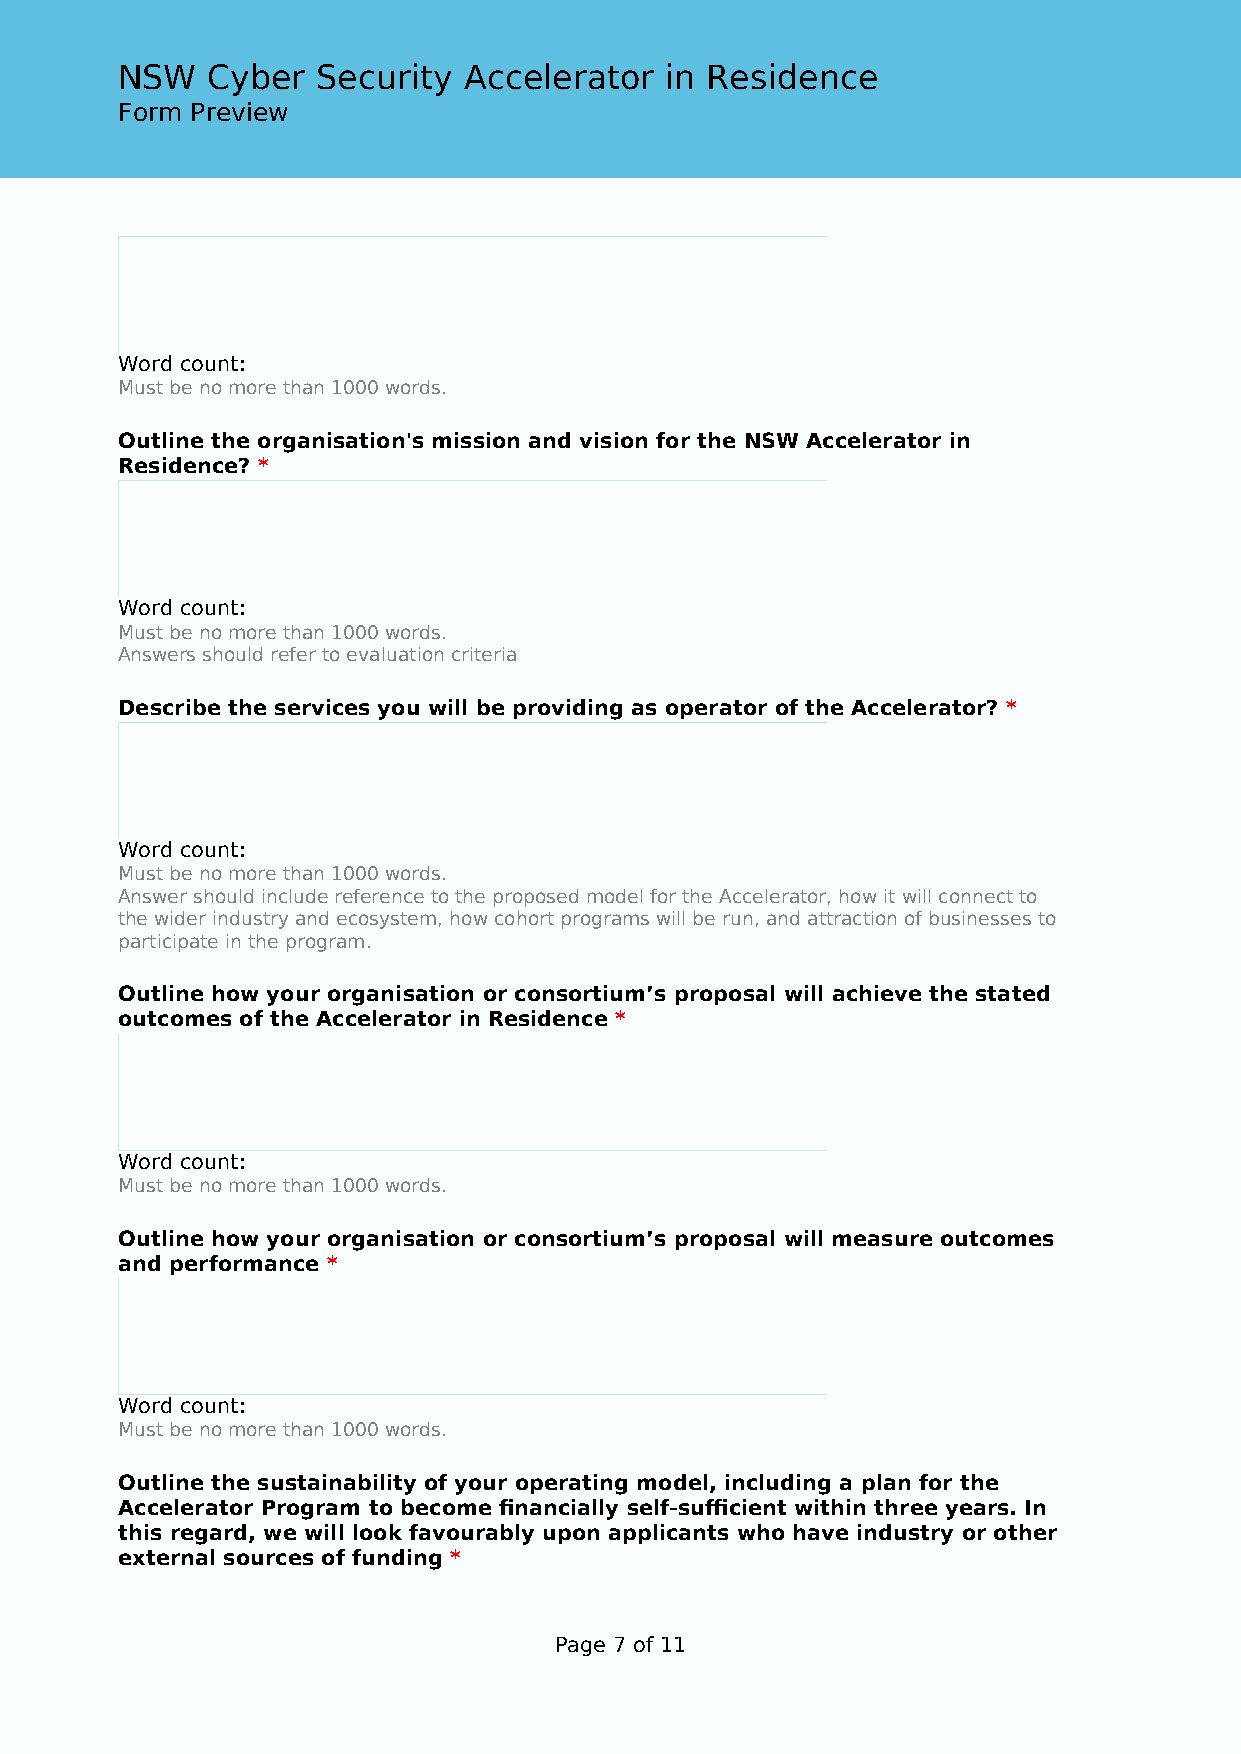
NSW   Cyber  Security  Accelerator  in Residence
 Form Preview
 Word count:
 Must be no more than 1000 words.
 Outline the organisation's mission and vision for the NSW Accelerator in
 Residence? *
 Word count:
 Must be no more than 1000 words.
 Answers should refer to evaluation criteria
 Describe the services you will be providing as operator of the Accelerator? *
 Word count:
 Must be no more than 1000 words.
 Answer should include reference to the proposed model for the Accelerator, how it will connect to
 the wider industry and ecosystem, how cohort programs will be run, and attraction of businesses to
 participate in the program.
 Outline how your organisation or consortium’s proposal will achieve the stated
 outcomes of the Accelerator in Residence *
 Word count:
 Must be no more than 1000 words.
 Outline how your organisation or consortium’s proposal will measure outcomes
 and performance *
 Word count:
 Must be no more than 1000 words.
 Outline the sustainability of your operating model, including a plan for the
 Accelerator Program to become financially self-sufficient within three years. In
 this regard, we will look favourably upon applicants who have industry or other
 external sources of funding *
 Page 7 of 11